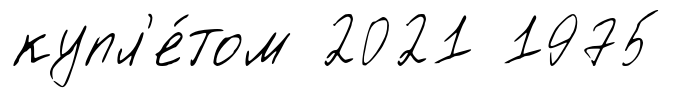
купл'е́том 2021 1975